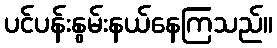
ပင်ပန်းနွမ်းနယ်နေကြသည်။